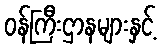
ဝန်ကြီးဌာနများနှင့်